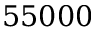
5 5 0 0 0